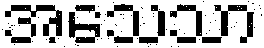
အသေသာ